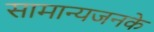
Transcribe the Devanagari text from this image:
सामान्यजनके